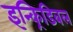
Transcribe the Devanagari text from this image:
इन्क्रिडिबल